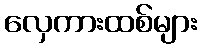
လှေကားထစ်များ